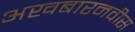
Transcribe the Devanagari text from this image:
अखबारनवीस